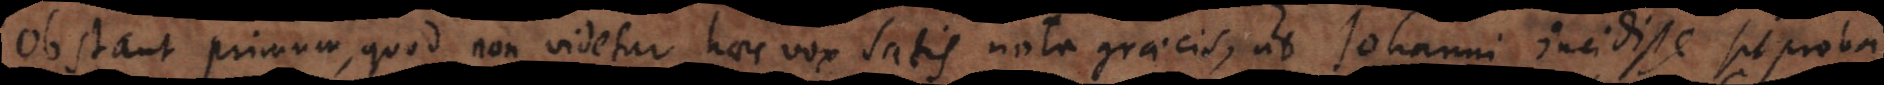
Obstant primum, quod non videtur haec vox satis nota graecis, ut Johanni incidisse sit proba